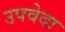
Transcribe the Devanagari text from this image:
उपवेदा